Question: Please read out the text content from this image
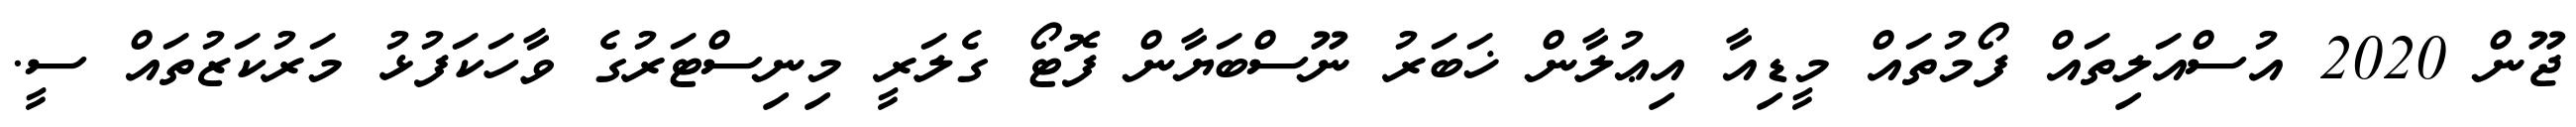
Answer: ޖޫން 2020 އުސްއަލިތައް ފޯމުތައް މީޑިއާ އިޢުލާން ޚަބަރު ނޫސްބަޔާން ފޮޓޯ ގެލަރީ މިނިސްޓަރުގެ ވާހަކަފުޅު މަރުކަޒުތައް ސީ.